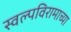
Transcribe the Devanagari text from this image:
स्वल्पविरामाच्या